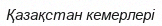
Қазақстан кемерлері